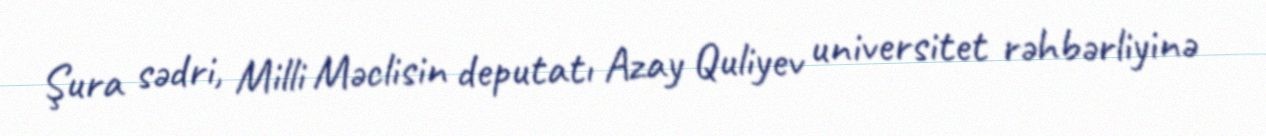
Şura sədri, Milli Məclisin deputatı Azay Quliyev universitet rəhbərliyinə